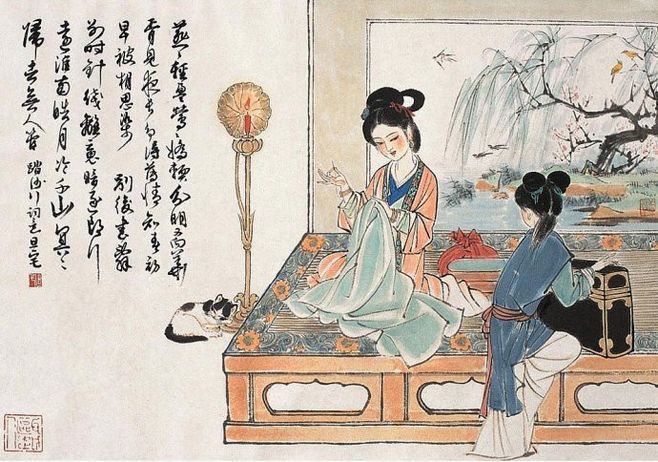
燕燕轻盈，莺莺娇软，分明又向华胥见。